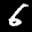
Label: 6